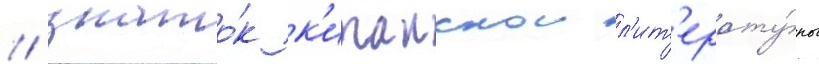
/ знато́к к'итаискои л'ит'ерату́ры